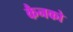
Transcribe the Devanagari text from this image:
कैनको